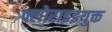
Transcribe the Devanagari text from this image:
फ्लोराइडयुक्त